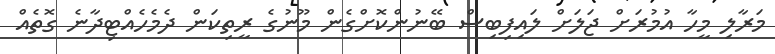
މަރާލި މީހާ އުމުރަށް ޖަލަށް ލައިފިބިސް ބޭނުންކޮށްގެން މޫނުގެ ރީތިކަން ދެމެހެއްޓިދާނެ ގޮތެއް